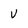
Character: U